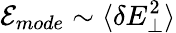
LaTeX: \mathcal{E}_{mode}\sim\langle\delta E_{\perp}^{2}\rangle